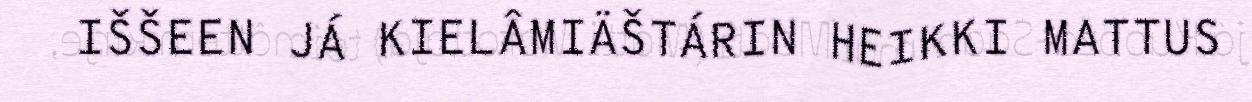
IŠŠEEN JÁ KIELÂMIÄŠTÁRIN HEIKKI MATTUS